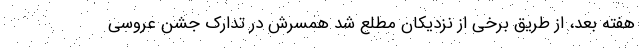
هفته بعد، از طریق برخی از نزدیکان مطلع شد همسرش در تدارک جشن عروسی